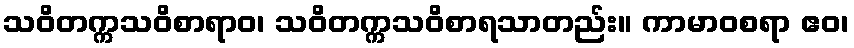
သဝိတက္ကသဝိစာရာဝ၊ သဝိတက္ကသဝိစာရသာတည်း။ ကာမာဝစရာ ဧဝ၊